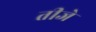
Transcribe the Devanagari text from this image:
तीजे